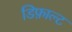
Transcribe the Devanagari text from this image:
डिफ़ाल्ट